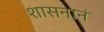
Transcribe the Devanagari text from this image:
शासनानं